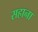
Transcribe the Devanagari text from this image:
सहाना